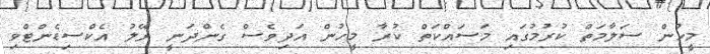
މީހުން ސަލާމަތް ކުރުމުގައި މަސައްކަތް ކުރާ މީހުން އަދިވެސް ގެންދަނީ ރޭލު އެކްސިޑެންޓްވި